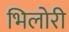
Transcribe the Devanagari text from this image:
भिलोरी